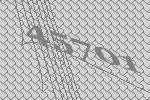
45701